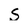
Character: S